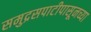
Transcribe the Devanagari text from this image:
समुद्रसपाटीपासूनच्या